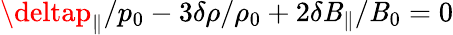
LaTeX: \deltap_{\| }/p_{0}-3\delta\rho/\rho_{0}+2\delta\mathit{B}_{\| }/\mathit{B}_{0}=0